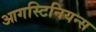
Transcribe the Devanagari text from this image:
आगस्टिनियन्स